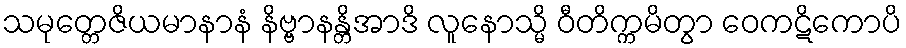
သမုတ္တေဇိယမာနာနံ နိဗ္ဗာနန္တိအာဒိ လူနောသ္မိ ဝီတိက္ကမိတွာ ဝေကဋိကောပိ